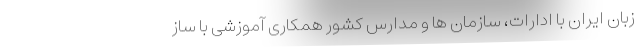
زبان ایران با ادارات، سازمان ها و مدارس کشور همکاری آموزشی با ساز